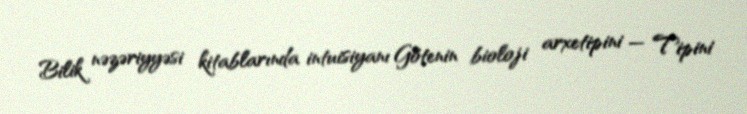
Bilik nəzəriyyəsi kitablarında intuisiyanı Götenin bioloji arxetipini — Tipini